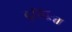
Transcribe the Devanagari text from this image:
दुखिःत